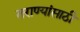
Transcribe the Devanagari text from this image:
तराण्यांसाठी